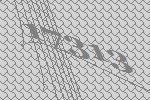
17313